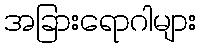
အခြားရောဂါများ